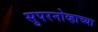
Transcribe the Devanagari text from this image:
सुपरनोव्हाच्या